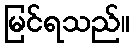
မြင်ရသည်။